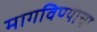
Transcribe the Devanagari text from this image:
मागविण्याचा